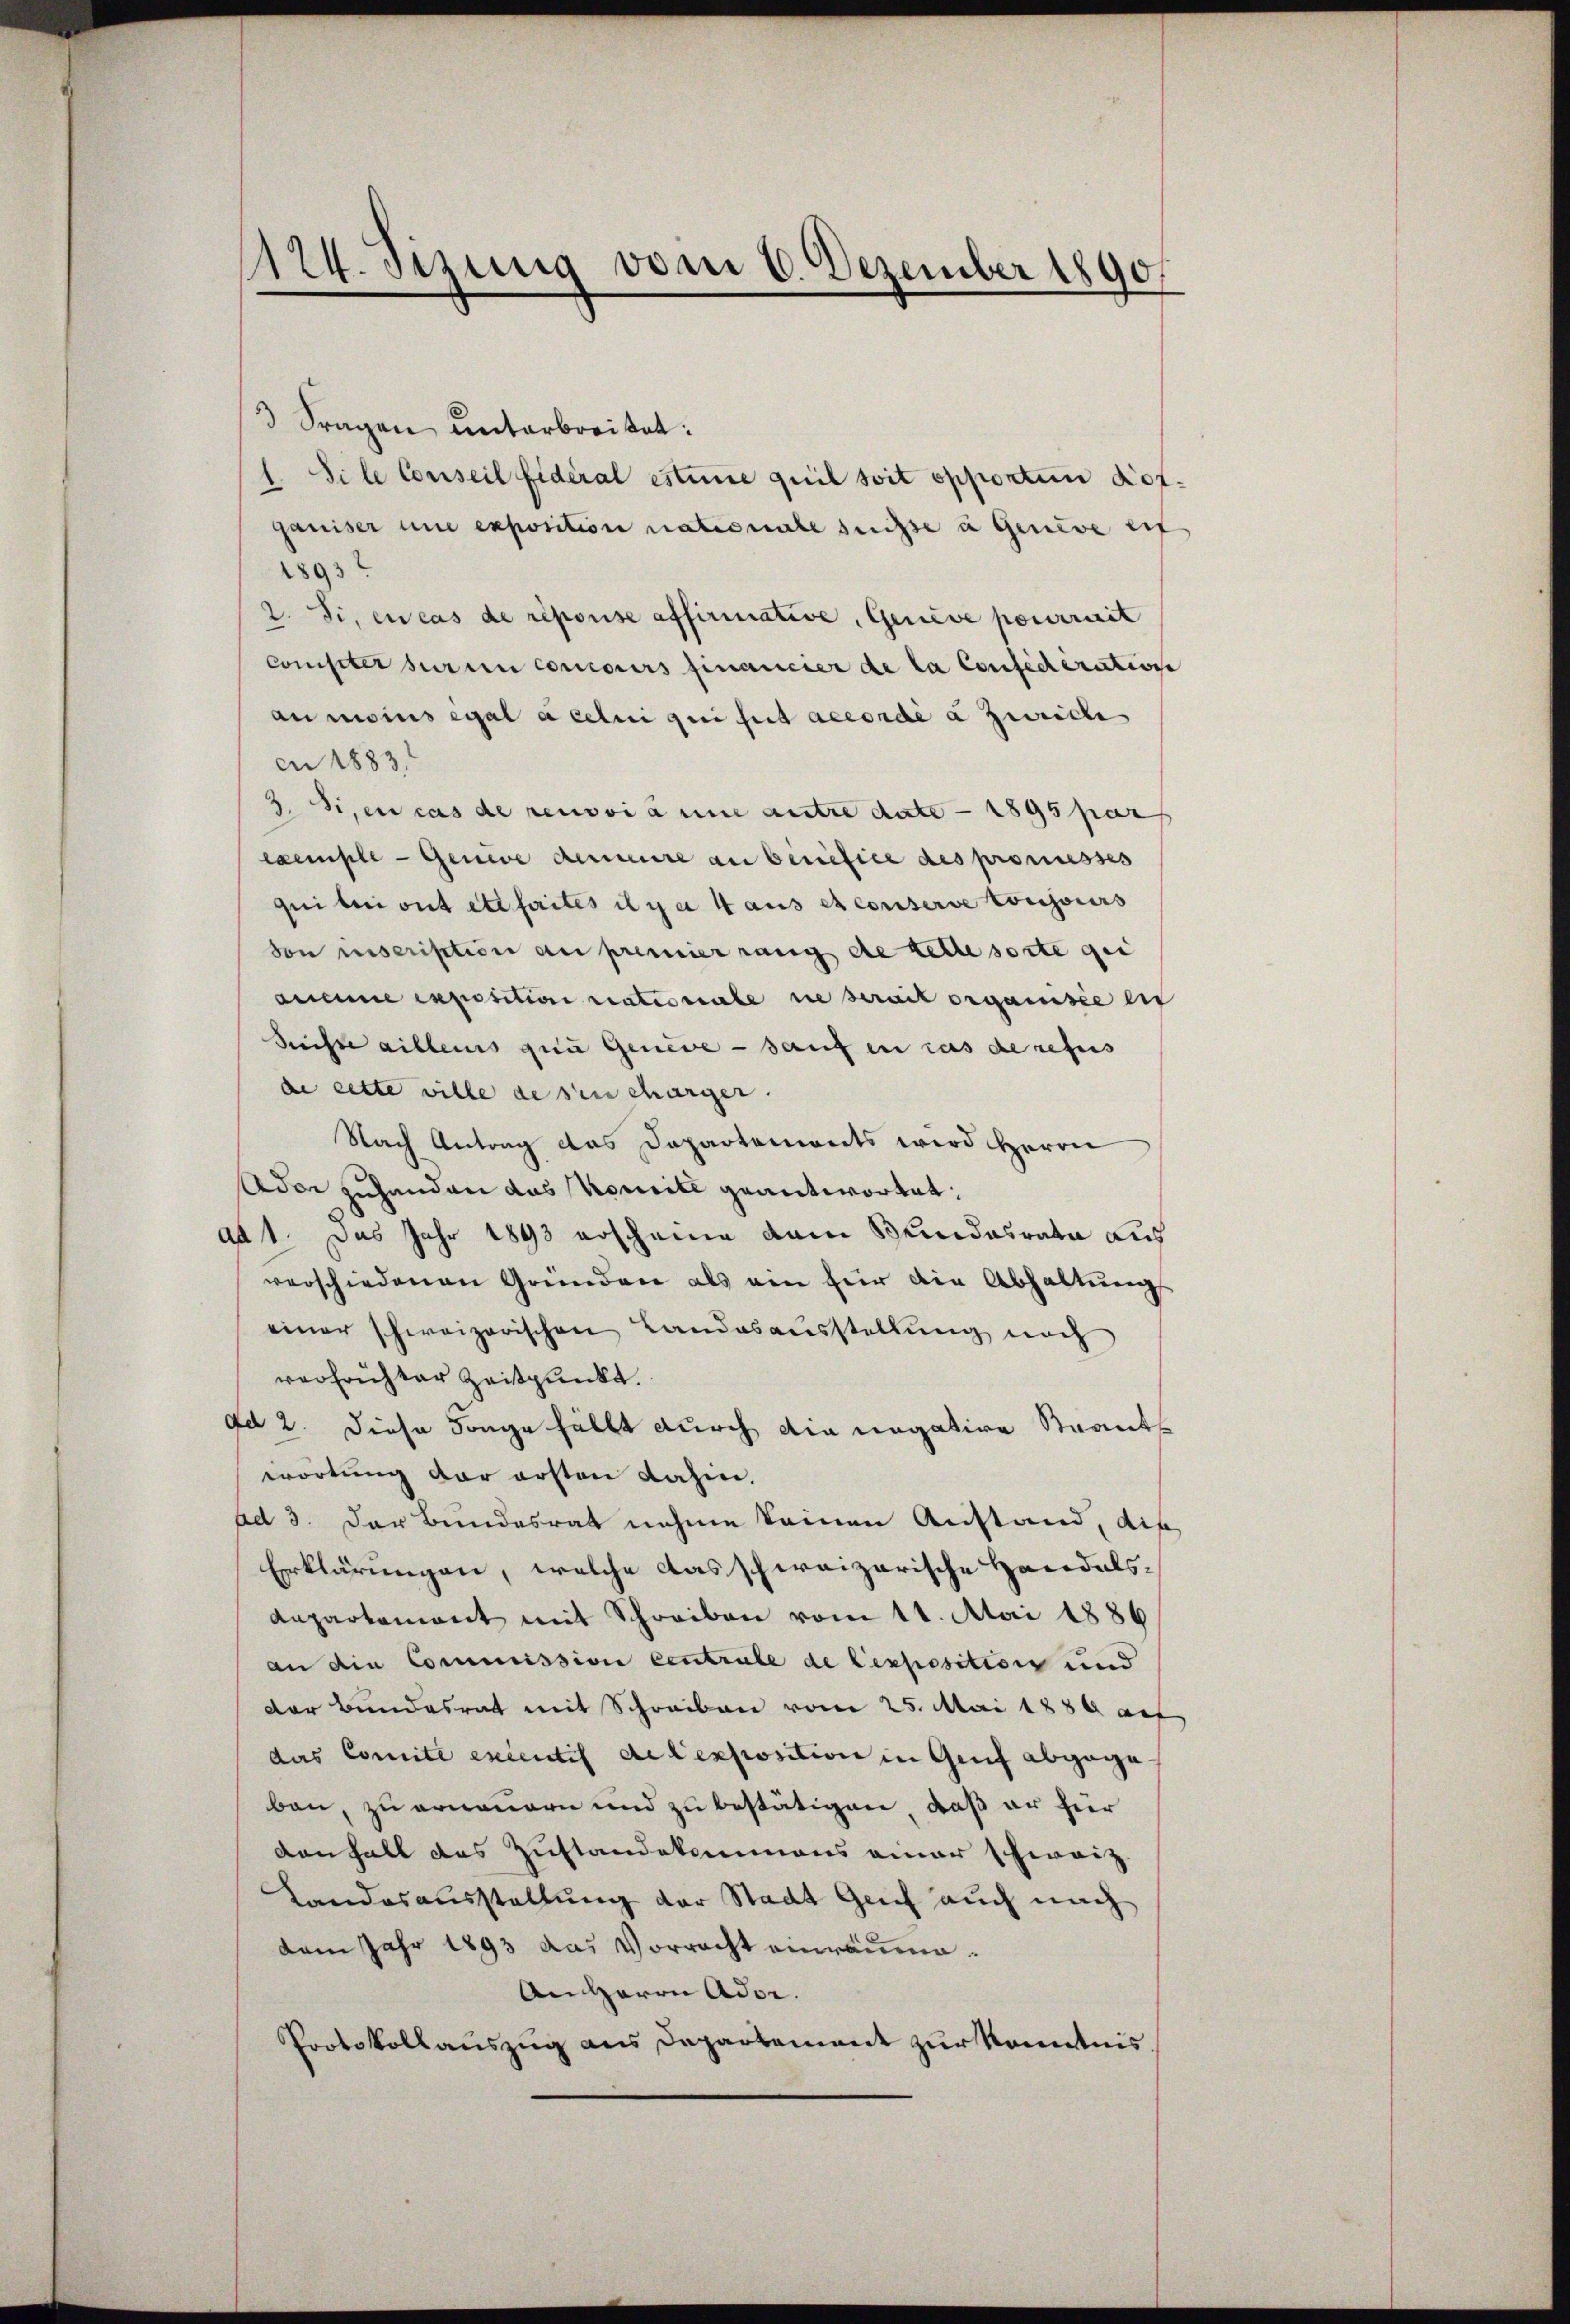
124. Sizung vom 6. Dezember 1890.

3 Fragen unterbreitet:
1. Si le Conseil Fideral estime quil soit opporten Kofganiser une exposition nationale sechse u Geneve eif
1893
2. Si, en cas de reporise affirmative, Geneve pourriert
compter sur in concours financier de la Considératione
anmoins egal à celui qui seit accordé a Zürich
en 1883
3. Si, en cas de renovi anne antre date - 1895 par
exemple - Genie demeure an beriefice des promesses
quibui ont et faites il y a 4 aus et conserve toujours
von inscription au premier rang die Rede sorte gei
anane exposition rationale ne serait organisie ein
Suchte aillens qua Geneve - sauf en cas de refus
de cette wille desen charger.
Nach Antrag das Dapartemonts wird Herrn
Ador zuhanden das Komite geantwortet:
ad 1. Das Jahr 1893 erscheine vom Bundesrata auf
verschiedenen Gründen als ein für die Abhaltŭng
einer schweizerischen Landesausstellung noch
verfrichter Zeitpunkt.
ad 2. diese Sorge fällt durch die negative Staats
wortung der ersten dahin.
ad 3. Der Bundesrat nehme keinen Anstand, die
Erklärungen, welche das schweizerische Handelsdepartement mit Schreiben vom 14. Mai 1886
an die Commission centrale de Cexposition und
Der Bundesrat mit Schreiben vom 25. Mai 1889 auf
das Comité excentis de lexposition in Genf abgegeben, zu erneuern und zu bestätigen, daß er für
danhalt das Zustandekommens einer schweiz.
Landesausstellung der Stadt Genf auch nach
dem Jahr 1893 das Vorracht einräume.
An Herrn Ador.
Protokollauszug aus Departement zur Kenntnis.